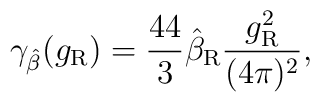
\gamma_{\hat\beta}(g_{\rm R}) =\frac{44}3\hat\beta_{\rm R}\frac{g_{\rm R}^2}{(4\pi)^2},